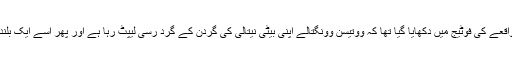
تھائی لینڈ میں پیش آئے خوفناک واقعے کی فوٹیج میں دکھایا گیا تھا کہ ووتیسن وونگتالے اپنی بیٹی نیتالی کی گردن کے گرد رسی لیپٹ رہا ہے اور پھر اسے ایک بلند عمارت سے نیچے لٹکا دیتا ہے۔